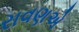
રાવણએ